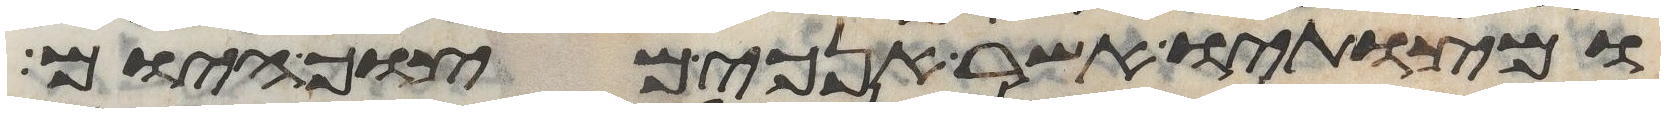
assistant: ומצותיו אשר אנכי מצוך היום